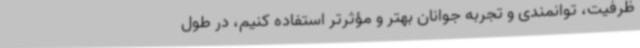
ظرفیت، توانمندی و تجربه جوانان بهتر و مؤثرتر استفاده کنیم، در طول